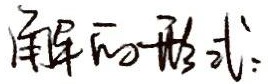
解的形式：